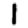
Digit: 1